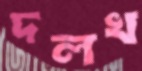
দলখ